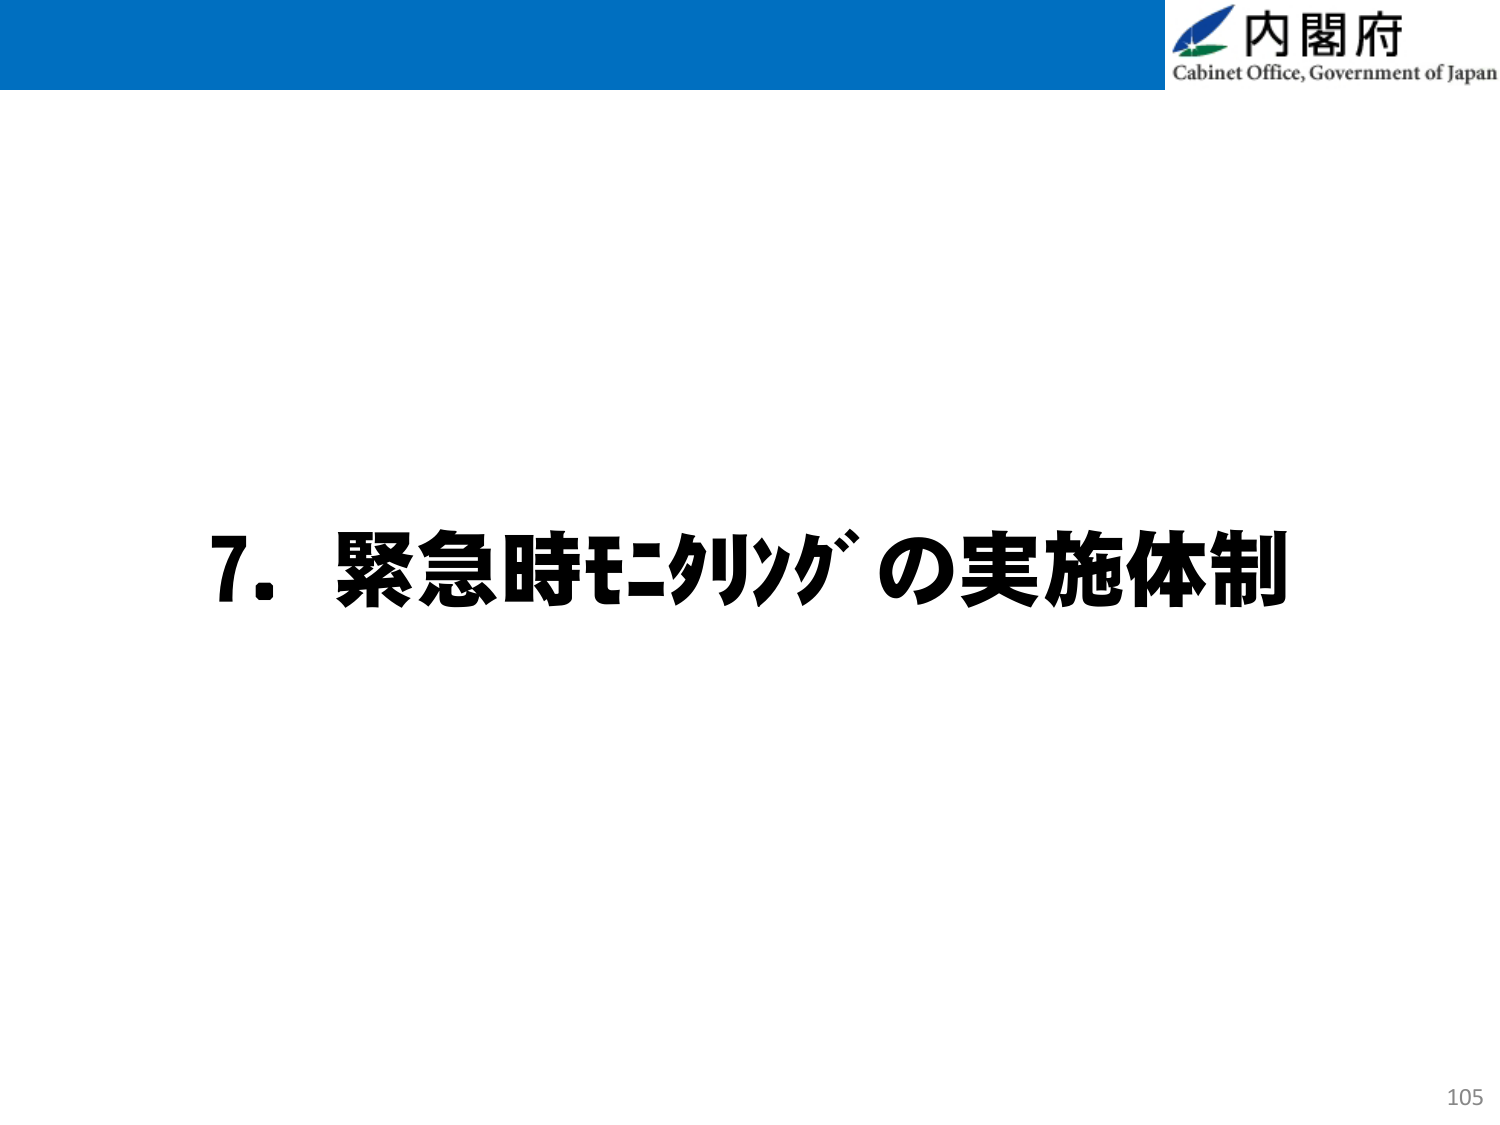
内閣府
Cabinet Office, Government of Japan
7. 緊急時モニタリングの実施体制
105